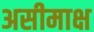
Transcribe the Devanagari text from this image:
असीमाक्ष